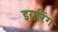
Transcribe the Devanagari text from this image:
इयरिंग